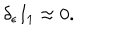
LaTeX: \delta _ { \epsilon } I _ { 1 } \approx 0 .